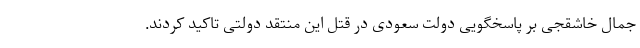
جمال خاشقجی بر پاسخگویی دولت سعودی در قتل این منتقد دولتی تاکید کردند.